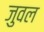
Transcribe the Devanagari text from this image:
जुवल